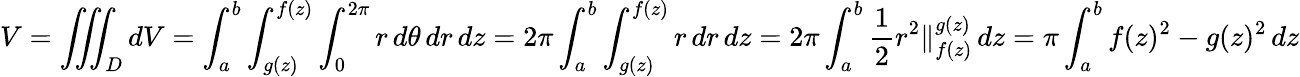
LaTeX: V=\iiint_{D}dV=\int_{a}^{b}\int_{g(z)}^{f(z)}\int_{0}^{2\pi}r\, d\theta\, dr\, dz=2\pi\int_{a}^{b}\int_{g(z)}^{f(z)}r\, dr\, dz=2\pi\int_{a}^{b}{\frac{1}{2}}r^{2}\Vert_{f(z)}^{g(z)}\, dz=\pi\int_{a}^{b}f(z)^{2}-g(z)^{2}\, dz